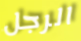
الرجل